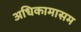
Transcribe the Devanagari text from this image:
अधिकामासम